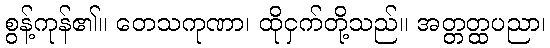
စွန့်ကုန်၏။ တေသကုဏာ၊ ထိုငှက်တို့သည်။ အတ္တတ္ထပညာ၊